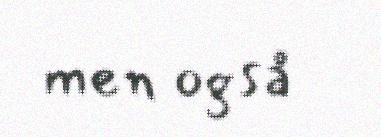
men også